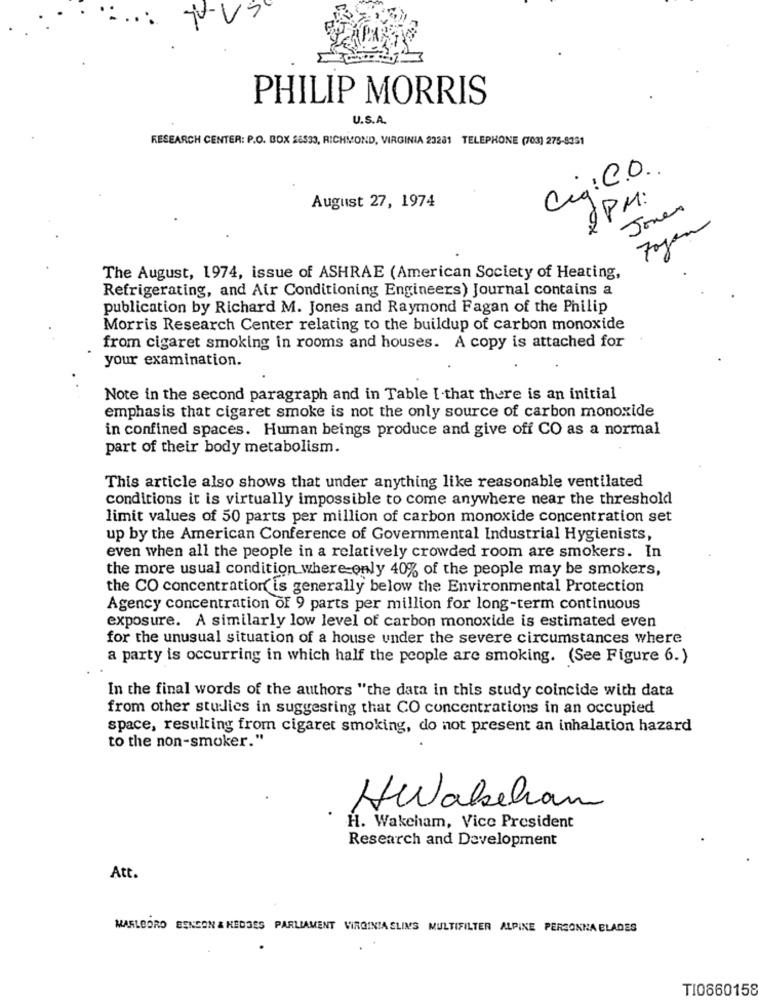
PHILIP MORRIS
U.S.A.
RESEARCH CENTER: P.O. BOX 28533, RICHMOND, VIRGINIA 23281 TELEPHONE (703) 275-8351
Ciq: C.O.
2PM:
August 27, 1974
Jonen
The August, 1974, issue of ASHRAE (American Society of Heating,
Refrigerating, and Air Conditioning Engineers) Journal contains a
publication by Richard M. Jones and Raymond Fagan of the Philip
Morris Research Center relating to the buildup of carbon monoxide
from cigaret smoking in rooms and houses. A copy is attached for
your examination.
Note in the second paragraph and in Table [ that there is an initial
emphasis that cigaret smoke is not the only source of carbon monoxide
in confined spaces. Human beings produce and give off CO as a normal
part of their body metabolism.
This article also shows that under anything like reasonable ventilated
conditions it is virtually impossible to come anywhere near the threshold
limit values of 50 parts per million of carbon monoxide concentration set
up by the American Conference of Governmental Industrial Hygienists,
even when all the people in a relatively crowded room are smokers. In
the more usual condition where only 40% of the people may be smokers,
the CO concentration is generally below the Environmental Protection
Agency concentration of 9 parts per million for long-term continuous
exposure. A similarly low level of carbon monoxide is estimated even
for the unusual situation of a house under the severe circumstances where
a party is occurring in which half the people are smoking. (See Figure 6.)
In the final words of the authors "the data in this study coincide with data
from other stulies in suggesting that CO concentrations in an occupied
space, resulting from cigaret smoking, do not present an inhalation hazard
to the non-smoker."
HWakeham
H. Wakcham, Vice President
Research and Development
Att.
MARLBORO BENSON & HEDGES PARLIAMENT VIRGINIA ELINS MULTIFILTER ALPINE PERSONNA BLADES
TI0660158